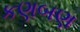
કણબણ